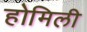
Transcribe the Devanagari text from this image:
होमिली